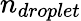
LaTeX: n_{droplet}